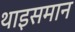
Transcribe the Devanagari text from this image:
थाइसमान